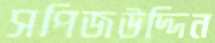
সপিজউদ্দিন